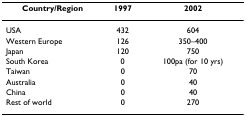
<table><thead><tr><td><b>Country/Region</b></td><td><b>1997</b></td><td><b>2002</b></td></tr></thead><tbody><tr><td>USA</td><td>432</td><td>604</td></tr><tr><td>Western Europe</td><td>126</td><td>350–400</td></tr><tr><td>Japan</td><td>120</td><td>750</td></tr><tr><td>South Korea</td><td>0</td><td>100pa (for 10 yrs)</td></tr><tr><td>Taiwan</td><td>0</td><td>70</td></tr><tr><td>Australia</td><td>0</td><td>40</td></tr><tr><td>China</td><td>0</td><td>40</td></tr><tr><td>Rest of world</td><td>0</td><td>270</td></tr></tbody></table>